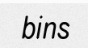
bins